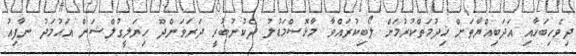
ދިވެހިބަހާއި އަދަބިއްޔާތަށް ޚިދުމަތްކުރުމަށް ލޯބިކުރައްވާ މާޅޮސްމަޑުލު ދެކުނުބުރީ ދަރަވަންދޫ ހިޔަލީގުލްޝަން އަޙުމަދު ނާފިއު